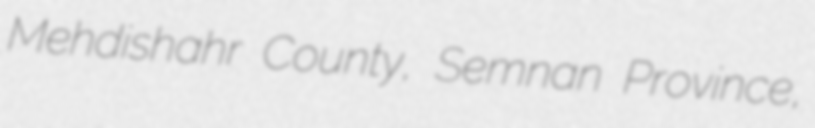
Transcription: Mehdishahr County, Semnan Province,